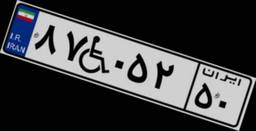
۸۷W۰۵۲۵۰